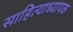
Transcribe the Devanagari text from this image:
साहित्याध्यापक